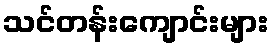
သင်တန်းကျောင်းများ